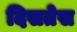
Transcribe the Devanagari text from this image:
दिसतेस